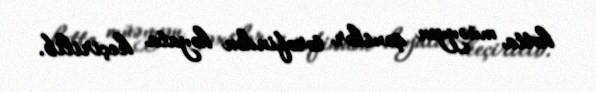
hətta müəyyən şəxslər tərəfindən həyata keçirilib.